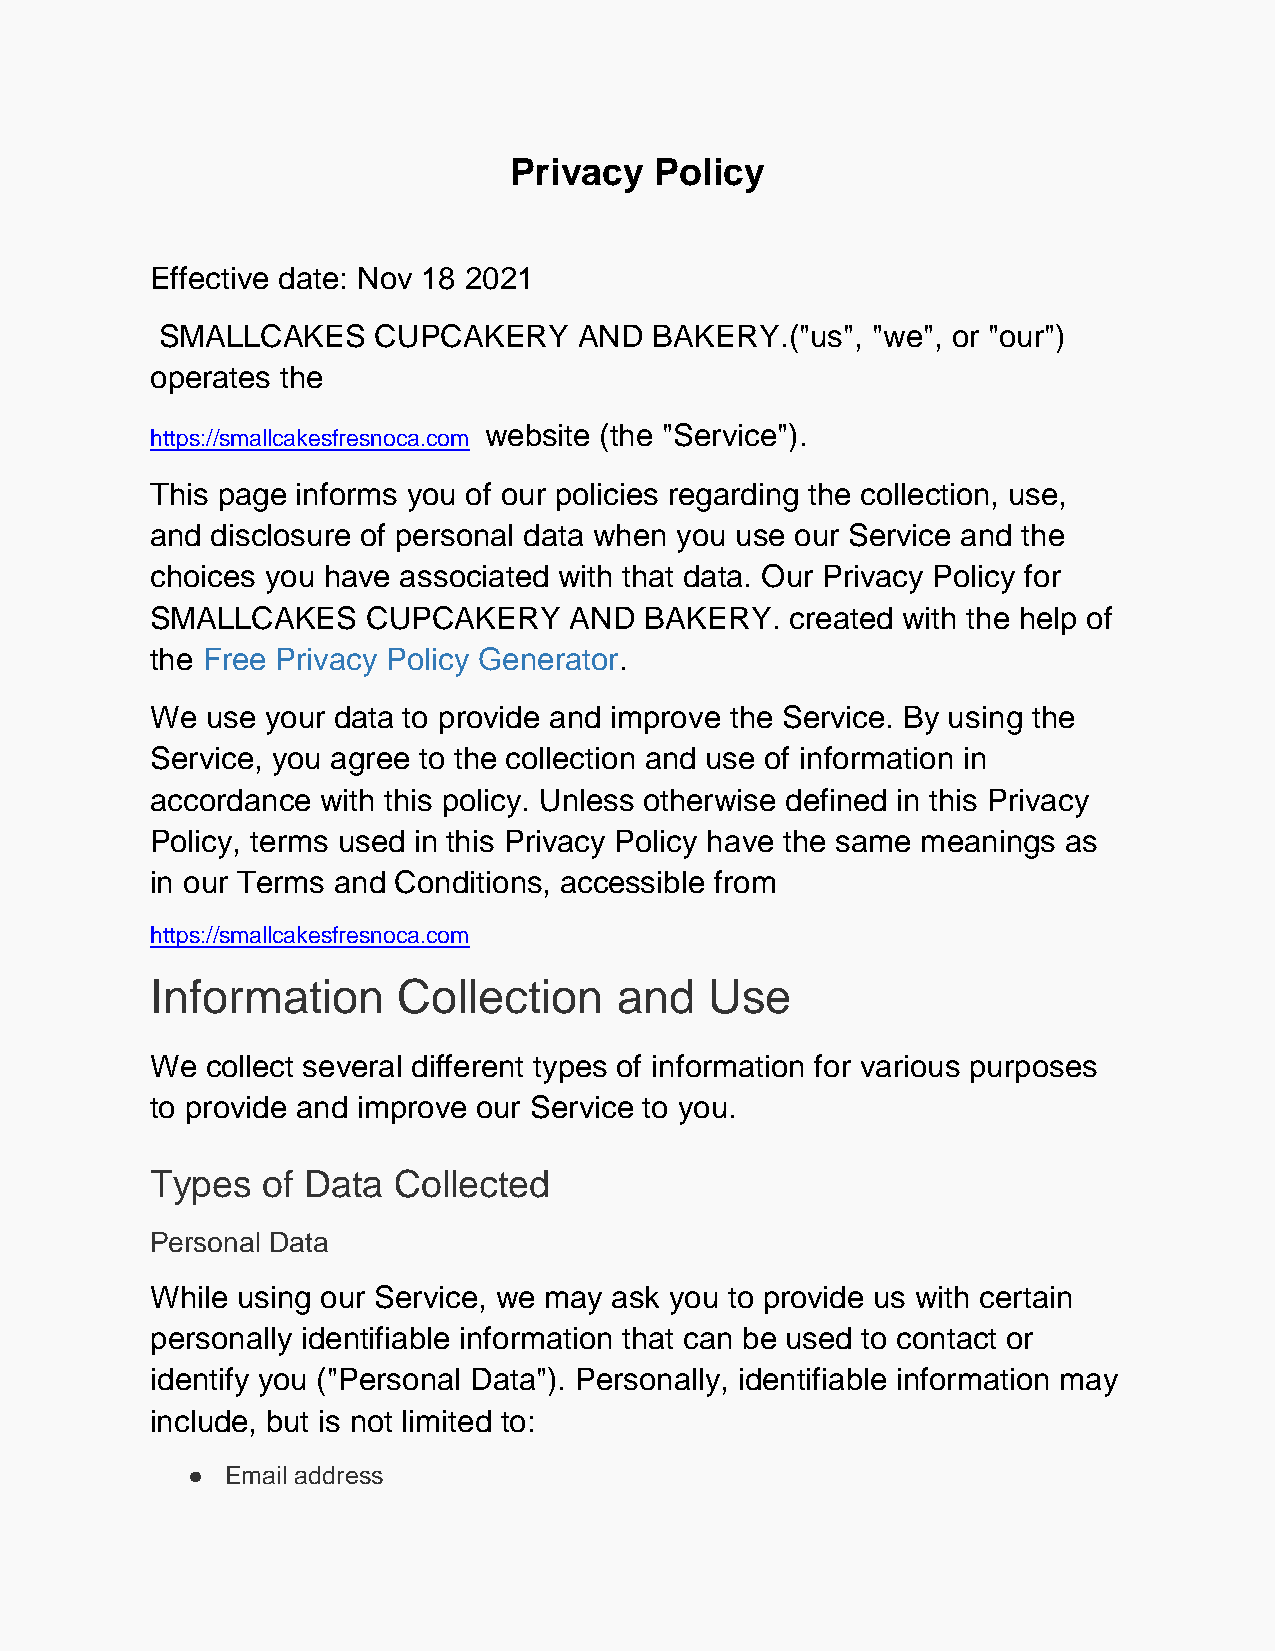
Privacy  Policy
 Effective date: Nov 18 2021
 SMALLCAKES    CUPCAKERY    AND  BAKERY.("us",  "we", or "our")
 operates the
 website (the "Service").
 https://smallcakesfresnoca.com
 This page informs you of our policies regarding the collection, use,
 and disclosure of personal data when you use our Service and the
 choices you have associated with that data. Our Privacy Policy for
 SMALLCAKES    CUPCAKERY     AND  BAKERY.  created with the help of
 the Free Privacy Policy Generator.
 We  use your data to provide and improve the Service. By using the
 Service, you agree to the collection and use of information in
 accordance with this policy. Unless otherwise defined in this Privacy
 Policy, terms used in this Privacy Policy have the same meanings as
 in our Terms and Conditions, accessible from
 https://smallcakesfresnoca.com
 Information     Collection     and   Use
 We  collect several different types of information for various purposes
 to provide and improve our Service to you.
 Types  of Data  Collected
 Personal Data
 While using our Service, we may ask you to provide us with certain
 personally identifiable information that can be used to contact or
 identify you ("Personal Data"). Personally, identifiable information may
 include, but is not limited to:
 ●  Email address